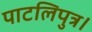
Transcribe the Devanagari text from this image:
पाटलिपुत्र।